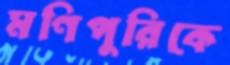
মণিপুরিকে